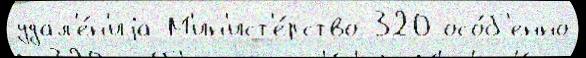
удал'е́н'иjа М'ин'ист'е́рство 320 осо́б'енно